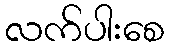
လက်ပါးစေ